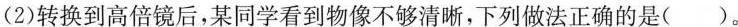
(2)转换到高倍镜后，某同学看到物像不够清晰，下列做法正确的是( )。